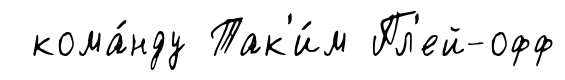
кома́нду Так'и́м Пл'ей-офф